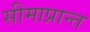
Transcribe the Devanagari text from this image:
सीमाप्रान्त